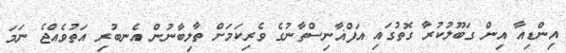
އިންޑިއާ އިން ގަބޫލުކުރާ ގޮތުގައި އަފްޣާނިސްތާނުގެ ވެރިކަމަށް ތާލިބާނުން އެނބުރި އަތުވެއްޖެ ނަމަ